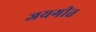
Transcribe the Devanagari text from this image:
जयगीत